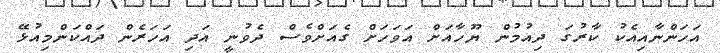
އަހަންނާއިއެކު ކާރުގަ ދިއުމުން ޔޫހާއަށް އަވަހަށް ގެއަށްވެސް ދެވުނީ އަދި އަހަރެން ދައްކަންމިއުޅޭ